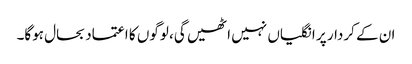
ان کے کردار پر انگلیاں نہیں اٹھیں گی، لوگوں کا اعتماد بحال ہوگا۔